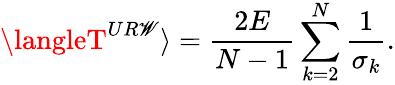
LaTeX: \langleT^{UR\mathscr{W}}\rangle=\frac{{2E}}{{N-1}}\sum_{k=2}^{N}\frac{{1}}{{\sigma_{k}}}.